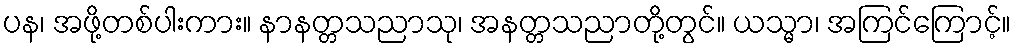
ပန၊ အဖို့တစ်ပါးကား။ နာနတ္တသညာသု၊ အနတ္တသညာတို့တွင်။ ယသ္မာ၊ အကြင်ကြောင့်။